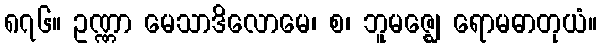
၈၇၆။ ဥဏ္ဏာ မေသာဒိလောမေ၊ စ၊ ဘူမဇ္ဈေ ရောမဓာတုယံ။